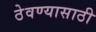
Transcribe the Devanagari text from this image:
ठेवण्‍यासाठी